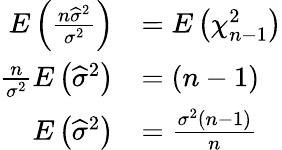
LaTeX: {\begin{array}{rl}{E\left({\frac{n{\widehat{\sigma}}^{2}}{\sigma^{2}}}\right)}&{=E\left(\chi_{n-1}^{2}\right)}\\ {{\frac{n}{\sigma^{2}}}E\left({\widehat{\sigma}}^{2}\right)}&{=(n-1)}\\ {E\left({\widehat{\sigma}}^{2}\right)}&{={\frac{\sigma^{2}(n-1)}{n}}}\end{array}}